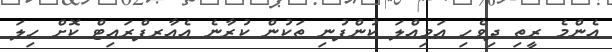
އެންމެ ރީތި ދިވެހި އަމިއްލަ ކުންފުނި ތަކުން ކުރާނެ އެއާރފްރައިޓް ކޮށް ހިލަ